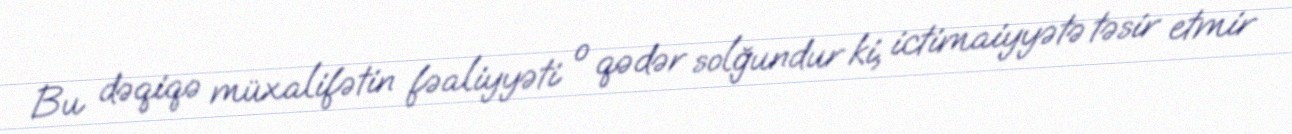
Bu dəqiqə müxalifətin fəaliyyəti o qədər solğundur ki, ictimaiyyətə təsir etmir